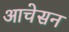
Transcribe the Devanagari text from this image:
आचेसन